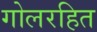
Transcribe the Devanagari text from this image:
गोलरहित